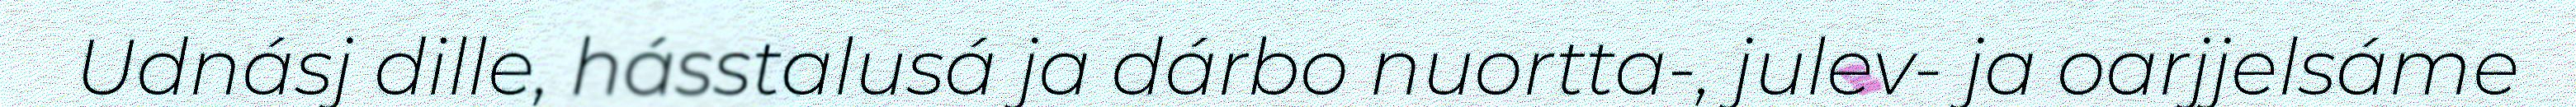
Udnásj dille, hásstalusá ja dárbo nuortta-, julev- ja oarjjelsáme